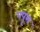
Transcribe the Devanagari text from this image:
पपूस